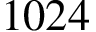
1 0 2 4